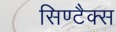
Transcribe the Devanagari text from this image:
सिण्टैक्स